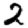
Digit: 2